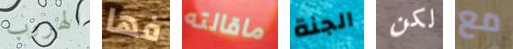
الهروب فها ماقالته الجنة لكن مع